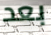
بعد